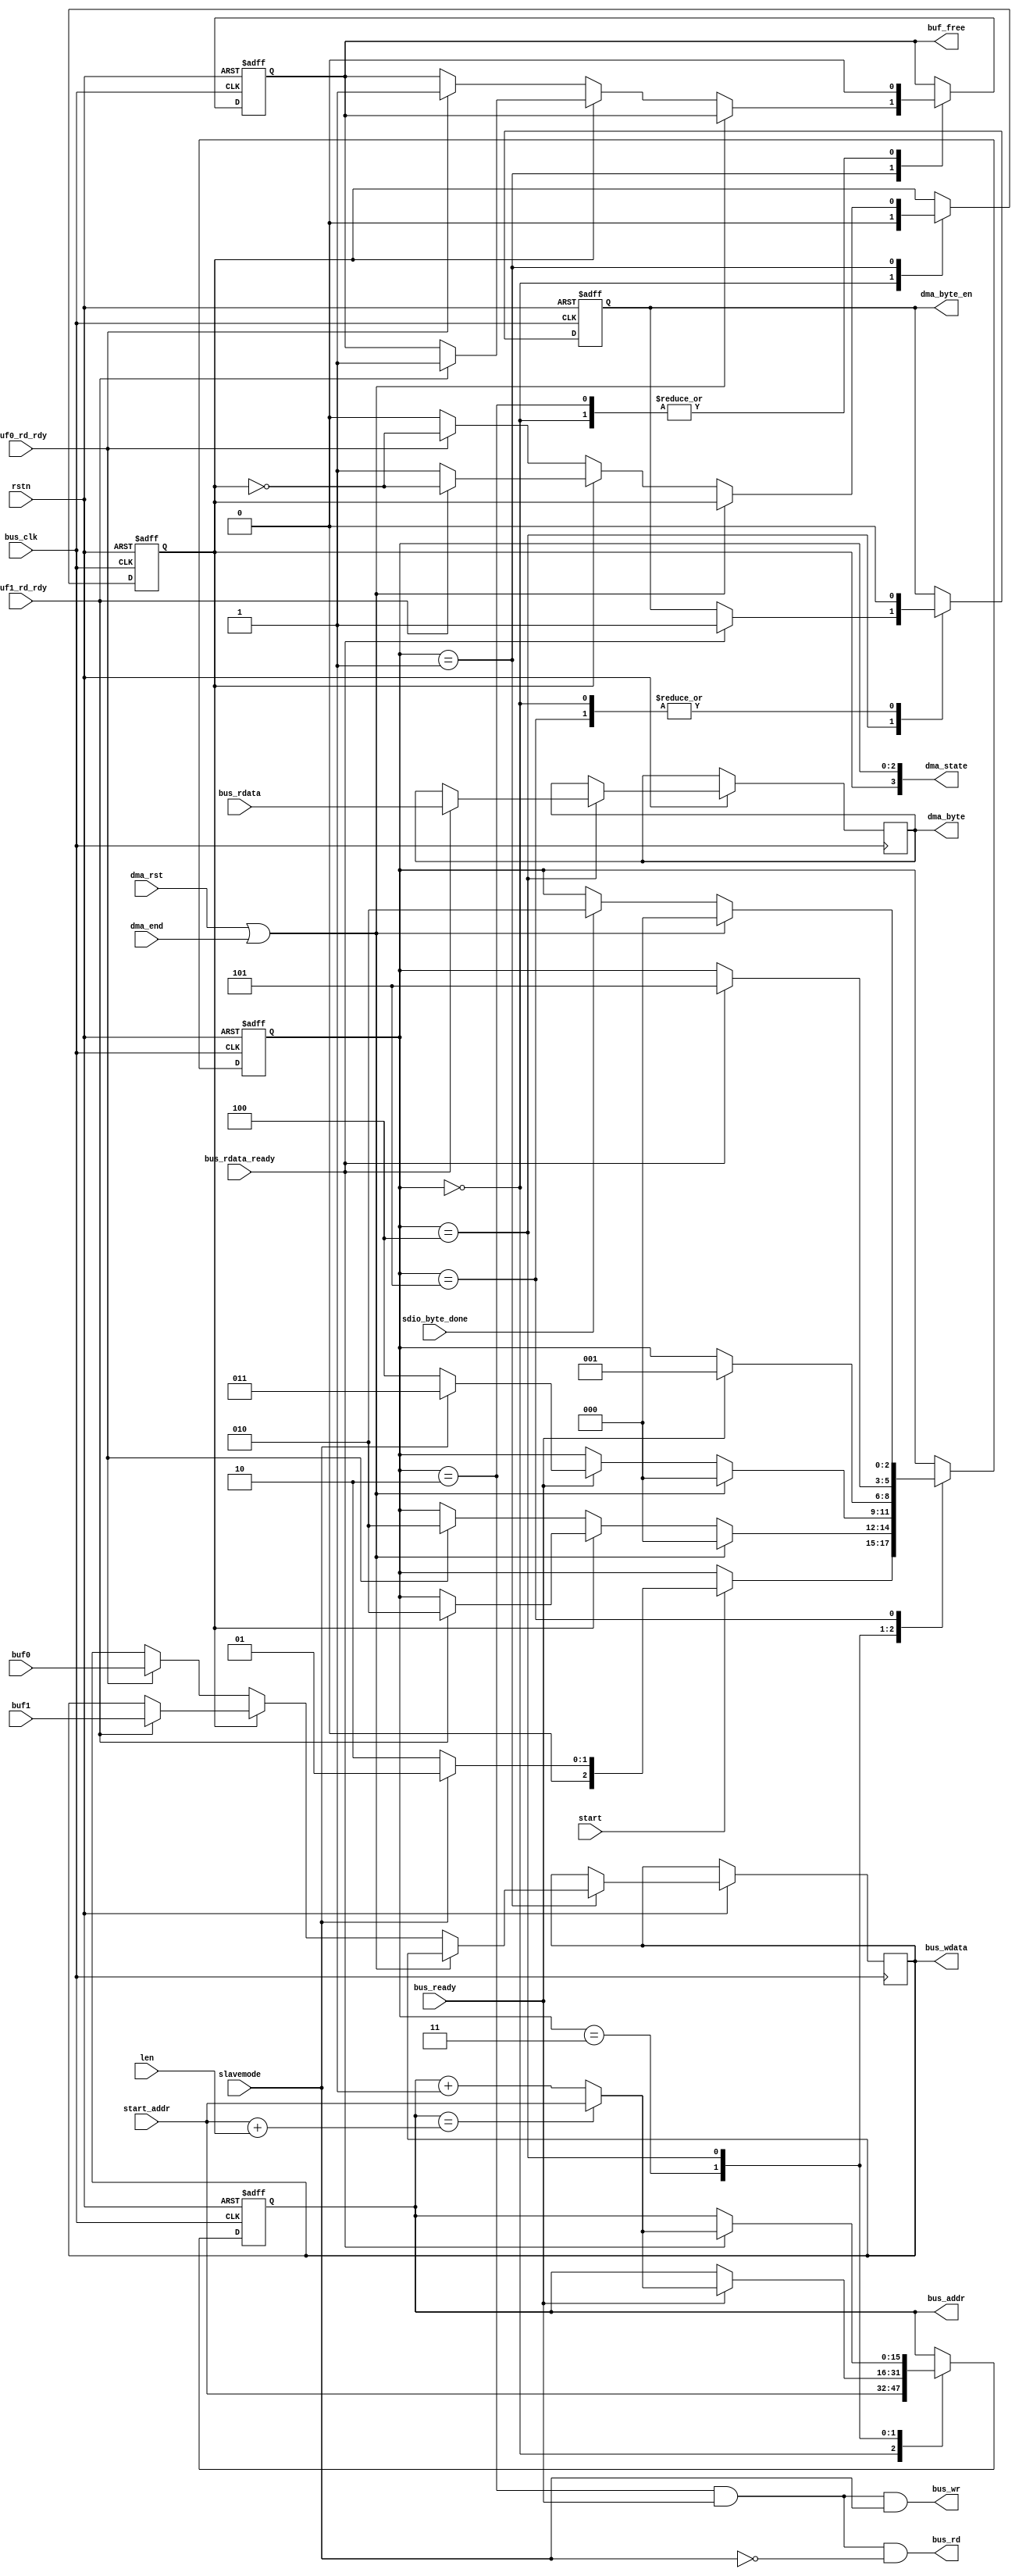
module sdio_dma #(
    parameter LEN = 16
)(
    // global
    input rstn,
    // reg
    input dma_rst,
    input start,
    input slavemode,
    input [LEN-1:0] start_addr,
    input [LEN-1:0] len,
    // rx
    input dma_end,
    input buf0_rd_rdy,
    input buf1_rd_rdy,
    input [7:0] buf0,
    input [7:0] buf1,
    output reg buf_free,
    // tx
    input sdio_byte_done,
    output reg dma_byte_en,
    output reg [7:0] dma_byte,
    // bus
    input bus_clk,
    input bus_ready,
    input bus_rdata_ready,
    input [7:0] bus_rdata,
    output reg [LEN-1:0] bus_addr,
    output reg [7:0] bus_wdata,
    output bus_rd,
    output bus_wr,
    // debug
    output [3:0] dma_state
);

// fsm
reg [2:0] st;
localparam IDLE                 = 0;
localparam WAIT_BUF_DATA        = 1;
localparam WAIT_BUS             = 2;
localparam WAIT_WR_DONE         = 3;
localparam WAIT_RD_DONE         = 4;
localparam WAIT_SDIO_DONE       = 5;
reg buf_ptr;
// bus
assign bus_rd = (st == WAIT_BUS) & bus_ready & (~slavemode);
assign bus_wr = (st == WAIT_BUS) & bus_ready & slavemode;
// debug
assign dma_state = {buf_ptr, st[2:0]};
// fsm
always @(posedge bus_clk or negedge rstn) begin
    if (rstn == 1'b0) begin
        st <= IDLE;
        buf_ptr <= 0;
        bus_addr <= 0;
        buf_free <= 0;
        dma_byte_en <= 0;
    end
    else begin
        case (st)
            IDLE: begin
                buf_ptr <= 0;
                buf_free <= 0;
                bus_addr <= start_addr;
                dma_byte_en <= 0;
                if (start) begin // start
                    if (slavemode)
                        st <= WAIT_BUF_DATA;
                    else
                        st <= WAIT_BUS;
                end
            end
            WAIT_BUF_DATA: begin
                if (dma_rst | dma_end) begin
                    st <= IDLE;
                end
                else if (buf_ptr) begin
                    if (buf1_rd_rdy) begin
                        st <= WAIT_BUS;
                        buf_free <= 1;
                        bus_wdata <= buf1;
                        buf_ptr <= ~buf_ptr;
                    end
                end
                else begin
                    if (buf0_rd_rdy) begin
                        st <= WAIT_BUS;
                        buf_free <= 1;
                        bus_wdata <= buf0;
                        buf_ptr <= ~buf_ptr;
                    end
                end
            end
            WAIT_BUS: begin
                buf_free <= 0;
                if (dma_rst | dma_end) begin
                    st <= IDLE;
                end
                else if (bus_ready) begin
                    if (slavemode)
                        st <= WAIT_WR_DONE;
                    else
                        st <= WAIT_RD_DONE;
                end
            end
            WAIT_WR_DONE: begin
                if (bus_ready) begin
                    st <= WAIT_BUF_DATA;
                    if (bus_addr == (start_addr + len))
                        bus_addr <= start_addr;
                    else
                        bus_addr <= bus_addr + 1;
                end
            end
            WAIT_RD_DONE: begin
                if (bus_rdata_ready) begin
                    st <= WAIT_SDIO_DONE;
                    dma_byte_en <= 1;
                    dma_byte <= bus_rdata;
                    if (bus_addr == (start_addr + len))
                        bus_addr <= start_addr;
                    else
                        bus_addr <= bus_addr + 1;
                end
            end
            WAIT_SDIO_DONE: begin
                dma_byte_en <= 0;
                if (dma_rst | dma_end) begin
                    st <= IDLE;
                end
                else if (sdio_byte_done) begin
                    st <= WAIT_BUS;
                end
            end
        endcase
    end
end

endmodule